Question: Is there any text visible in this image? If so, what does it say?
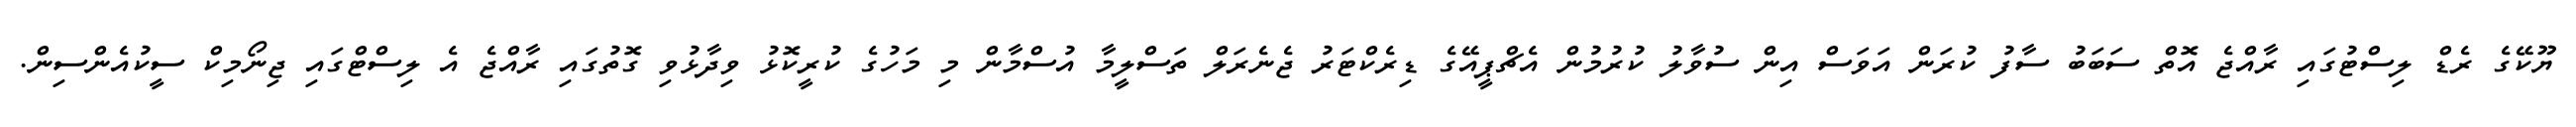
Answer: ޔޫކޭގެ ރެޑް ލިސްޓުގައި ރާއްޖެ އޮތް ސަބަބު ސާފު ކުރަން އަވަސް އިން ސުވާލު ކުރުމުން އެޗްޕީއޭގެ ޑިރެކްޓަރު ޖެނެރަލް ތަސްލީމާ އުސްމާން މި މަހުގެ ކުރީކޮޅު ވިދާޅުވި ގޮތުގައި ރާއްޖެ އެ ލިސްޓްގައި ޖިނޯމިކް ސީކުއެންސިން.